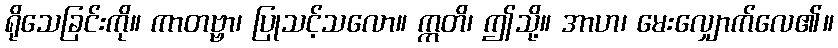
ရိုသေခြင်းကို။ ကာတဗ္ဗာ၊ ပြုသင့်သလော။ ဣတိ၊ ဤသို့။ အာဟ၊ မေးလျှောက်လေ၏။